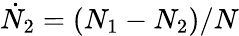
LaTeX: \dot{N}_{2}=(N_{1}-N_{2})/{N}